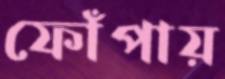
ফোঁপায়